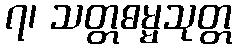
၇၊ သတ္တဓမ္မသုတ္တ